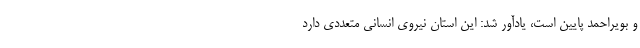
و بویراحمد پایین است، یادآور شد: این استان نیروی انسانی متعددی دارد